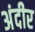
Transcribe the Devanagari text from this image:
अंदीर